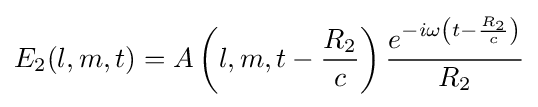
E_{2}(l,m,t)=A\left(l,m,t-{\frac {R_{2}}{c}}\right){\frac {e^{-i\omega \left(t-{\frac {R_{2}}{c}}\right)}}{R_{2}}}